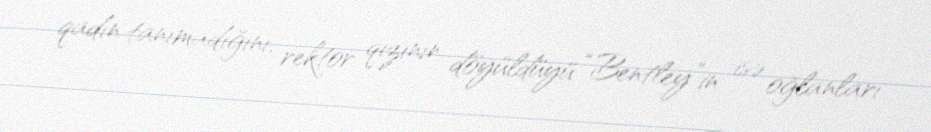
qadın tanımadığını, rektor qızının döyüldüyü “Bentley”in isə oğlanları